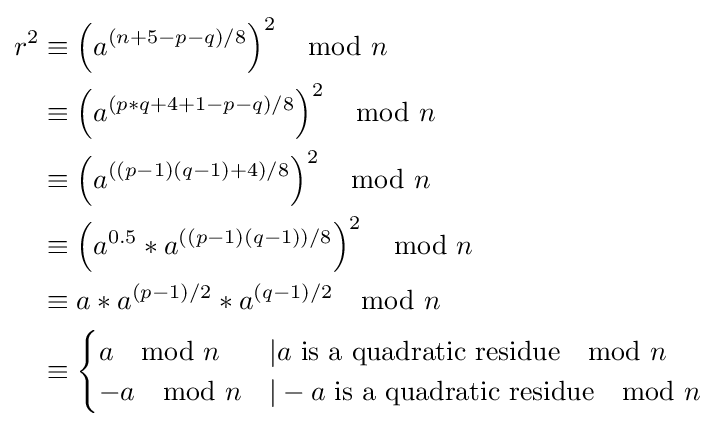
{\begin{aligned}r^{2}&\equiv \left(a^{(n+5-p-q)/8}\right)^{2}\mod {n}\\&\equiv \left(a^{(p*q+4+1-p-q)/8}\right)^{2}\mod {n}\\&\equiv \left(a^{((p-1)(q-1)+4)/8}\right)^{2}\mod {n}\\&\equiv \left(a^{0.5}*a^{((p-1)(q-1))/8}\right)^{2}\mod {n}\\&\equiv a*a^{(p-1)/2}*a^{(q-1)/2}\mod {n}\\&\equiv {\begin{cases}a\mod {n}&|a{\text{ is a quadratic residue}}\mod {n}\\-a\mod {n}&|-a{\text{ is a quadratic residue}}\mod {n}\end{cases}}\end{aligned}}